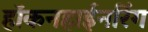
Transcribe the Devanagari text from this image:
हॉकनहाईनरिंग